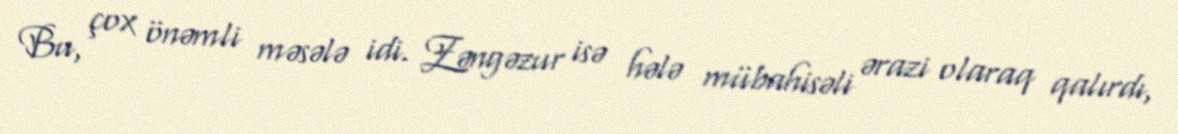
Bu, çox önəmli məsələ idi. Zəngəzur isə hələ mübahisəli ərazi olaraq qalırdı,